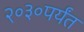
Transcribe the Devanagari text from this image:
२०३०पर्यंत